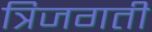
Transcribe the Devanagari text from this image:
त्रिजगती